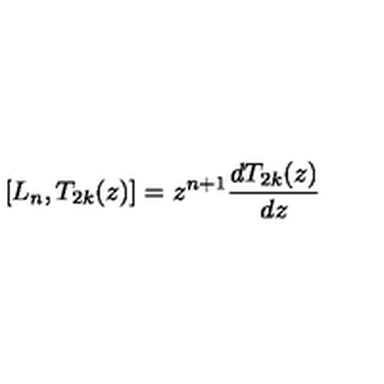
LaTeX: \left[ L _ { n } , T _ { 2 k } ( z ) \right] = z ^ { n + 1 } \frac { d T _ { 2 k } ( z ) } { d z }